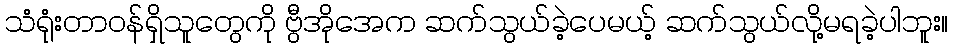
သံရုံးတာဝန်ရှိသူတွေကို ဗွီအိုအေက ဆက်သွယ်ခဲ့ပေမယ့် ဆက်သွယ်လို့မရခဲ့ပါဘူး။